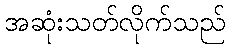
အဆုံးသတ်လိုက်သည်